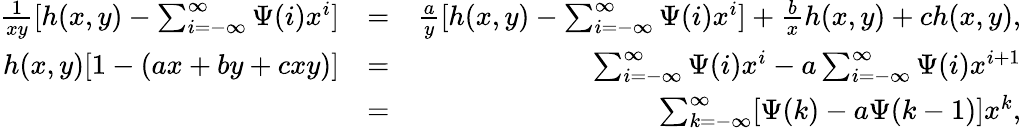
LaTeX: \begin{array}{rlr}{\frac{1}{xy}[h(x,y)-\sum_{i=-\infty}^{\infty}\Psi(i)x^{i}]}&{=}&{\frac{a}{y}[h(x,y)-\sum_{i=-\infty}^{\infty}\Psi(i)x^{i}]+\frac{b}{x}h(x,y)+ch(x,y),}\\ {h(x,y)[1-(ax+by+cxy)]}&{=}&{\sum_{i=-\infty}^{\infty}\Psi(i)x^{i}-a\sum_{i=-\infty}^{\infty}\Psi(i)x^{i+1}}\\ &{=}&{\sum_{k=-\infty}^{\infty}[\Psi(k)-a\Psi(k-1)]x^{k},}\end{array}